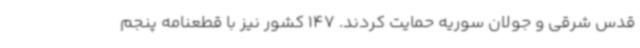
قدس شرقی و جولان سوریه حمایت کردند. 147 کشور نیز با قطعنامه پنجم